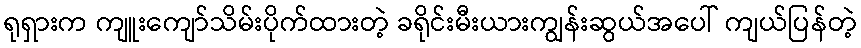
ရုရှားက ကျူးကျော်သိမ်းပိုက်ထားတဲ့ ခရိုင်းမီးယားကျွန်းဆွယ်အပေါ် ကျယ်ပြန်တဲ့